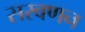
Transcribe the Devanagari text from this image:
सरवणन